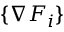
\{ \nabla F _ { i } \}